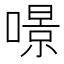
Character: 𠾶